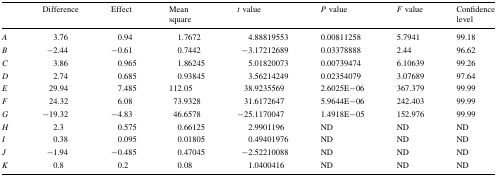
|  | Difference | Effect | Mean square | t value | P value | F value | Confidence level |
 | --- | --- | --- | --- | --- | --- | --- | --- |
 | A | 3.76 | 0.94 | 1.7672 | 4.88819553 | 0.00811258 | 5.7941 | 99.18 |
 | B | −2.44 | −0.61 | 0.7442 | −3.17212689 | 0.03378888 | 2.44 | 96.62 |
 | C | 3.86 | 0.965 | 1.86245 | 5.01820073 | 0.00739474 | 6.10639 | 99.26 |
 | D | 2.74 | 0.685 | 0.93845 | 3.56214249 | 0.02354079 | 3.07689 | 97.64 |
 | E | 29.94 | 7.485 | 112.05 | 38.9235569 | 2.6025E−06 | 367.379 | 99.99 |
 | F | 24.32 | 6.08 | 73.9328 | 31.6172647 | 5.9644E−06 | 242.403 | 99.99 |
 | G | −19.32 | −4.83 | 46.6578 | −25.1170047 | 1.4918E−05 | 152.976 | 99.99 |
 | H | 2.3 | 0.575 | 0.66125 | 2.9901196 | ND | ND | ND |
 | I | 0.38 | 0.095 | 0.01805 | 0.49401976 | ND | ND | ND |
 | J | −1.94 | −0.485 | 0.47045 | −2.52210088 | ND | ND | ND |
 | K | 0.8 | 0.2 | 0.08 | 1.0400416 | ND | ND | ND |